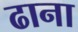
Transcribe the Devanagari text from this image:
ढाना